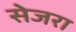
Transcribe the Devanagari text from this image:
सेजरा